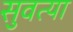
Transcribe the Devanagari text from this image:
सुवत्या